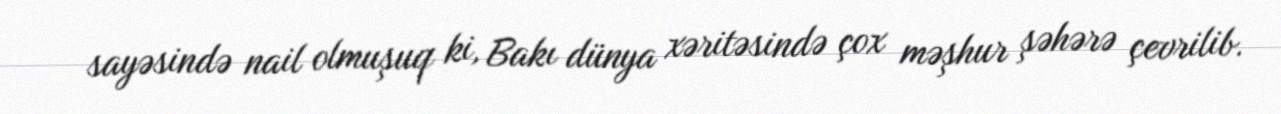
sayəsində nail olmuşuq ki, Bakı dünya xəritəsində çox məşhur şəhərə çevrilib.